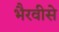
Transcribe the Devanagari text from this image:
भैरवीसे